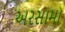
અરસામા